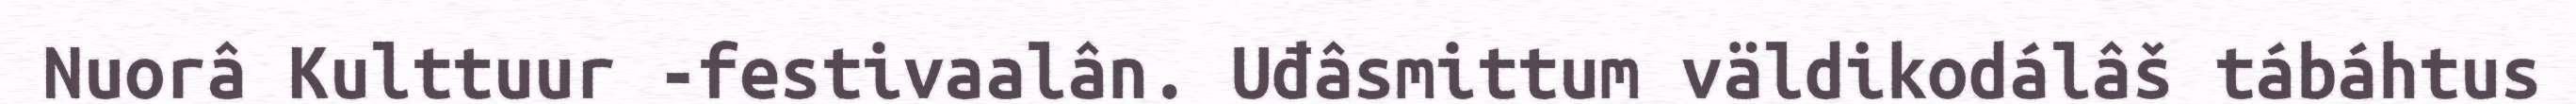
Nuorâ Kulttuur -festivaalân. Uđâsmittum väldikodálâš tábáhtus